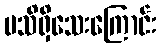
မသိရှိသေးကြောင်း